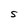
Character: S